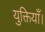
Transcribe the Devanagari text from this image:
युक्तियाँ।